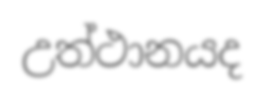
උත්ථානයද